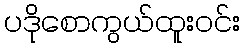
ပဒိုစောကွယ်ထူးဝင်း